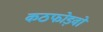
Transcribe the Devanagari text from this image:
कठफोड़वों